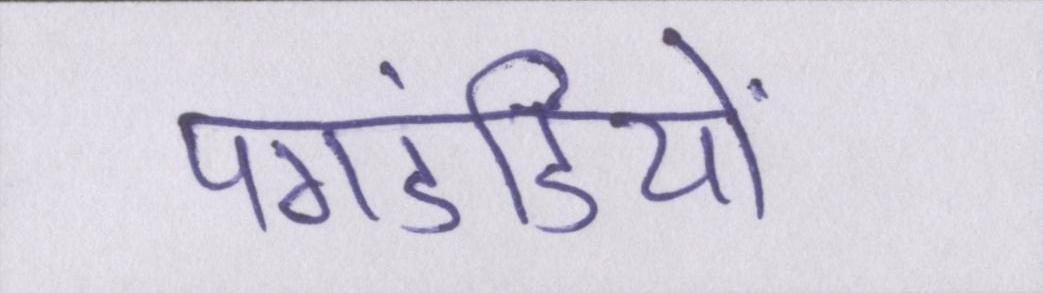
पगडंडियों